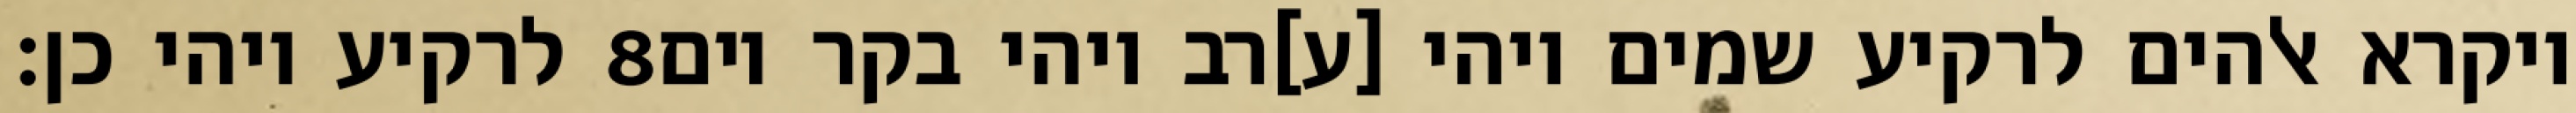
לרקיע ויהי כן׃ ‎8‏ ויקרא אלהים לרקיע שמים ויהי [ע]רב ויהי בקר יום